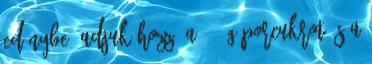
edénybe, adjuk hozzá a 100 g porcukrot és a